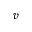
v